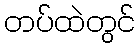
တပ်ထဲတွင်